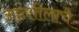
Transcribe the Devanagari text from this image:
अष्ठशीलाचे